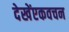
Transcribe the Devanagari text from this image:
देखेंएकवचन